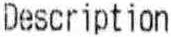
DESCRIPTION